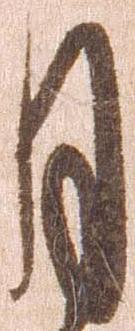
月